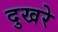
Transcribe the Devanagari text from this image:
दुखरे